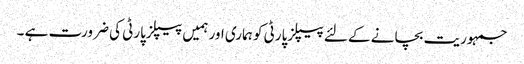
جمہوریت بچانے کے لئے پیپلزپارٹی کو ہماری اور ہمیں پیپلزپارٹی کی ضرورت ہے ۔